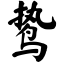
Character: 鸷